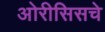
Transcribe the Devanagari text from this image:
ओरीसिसचे